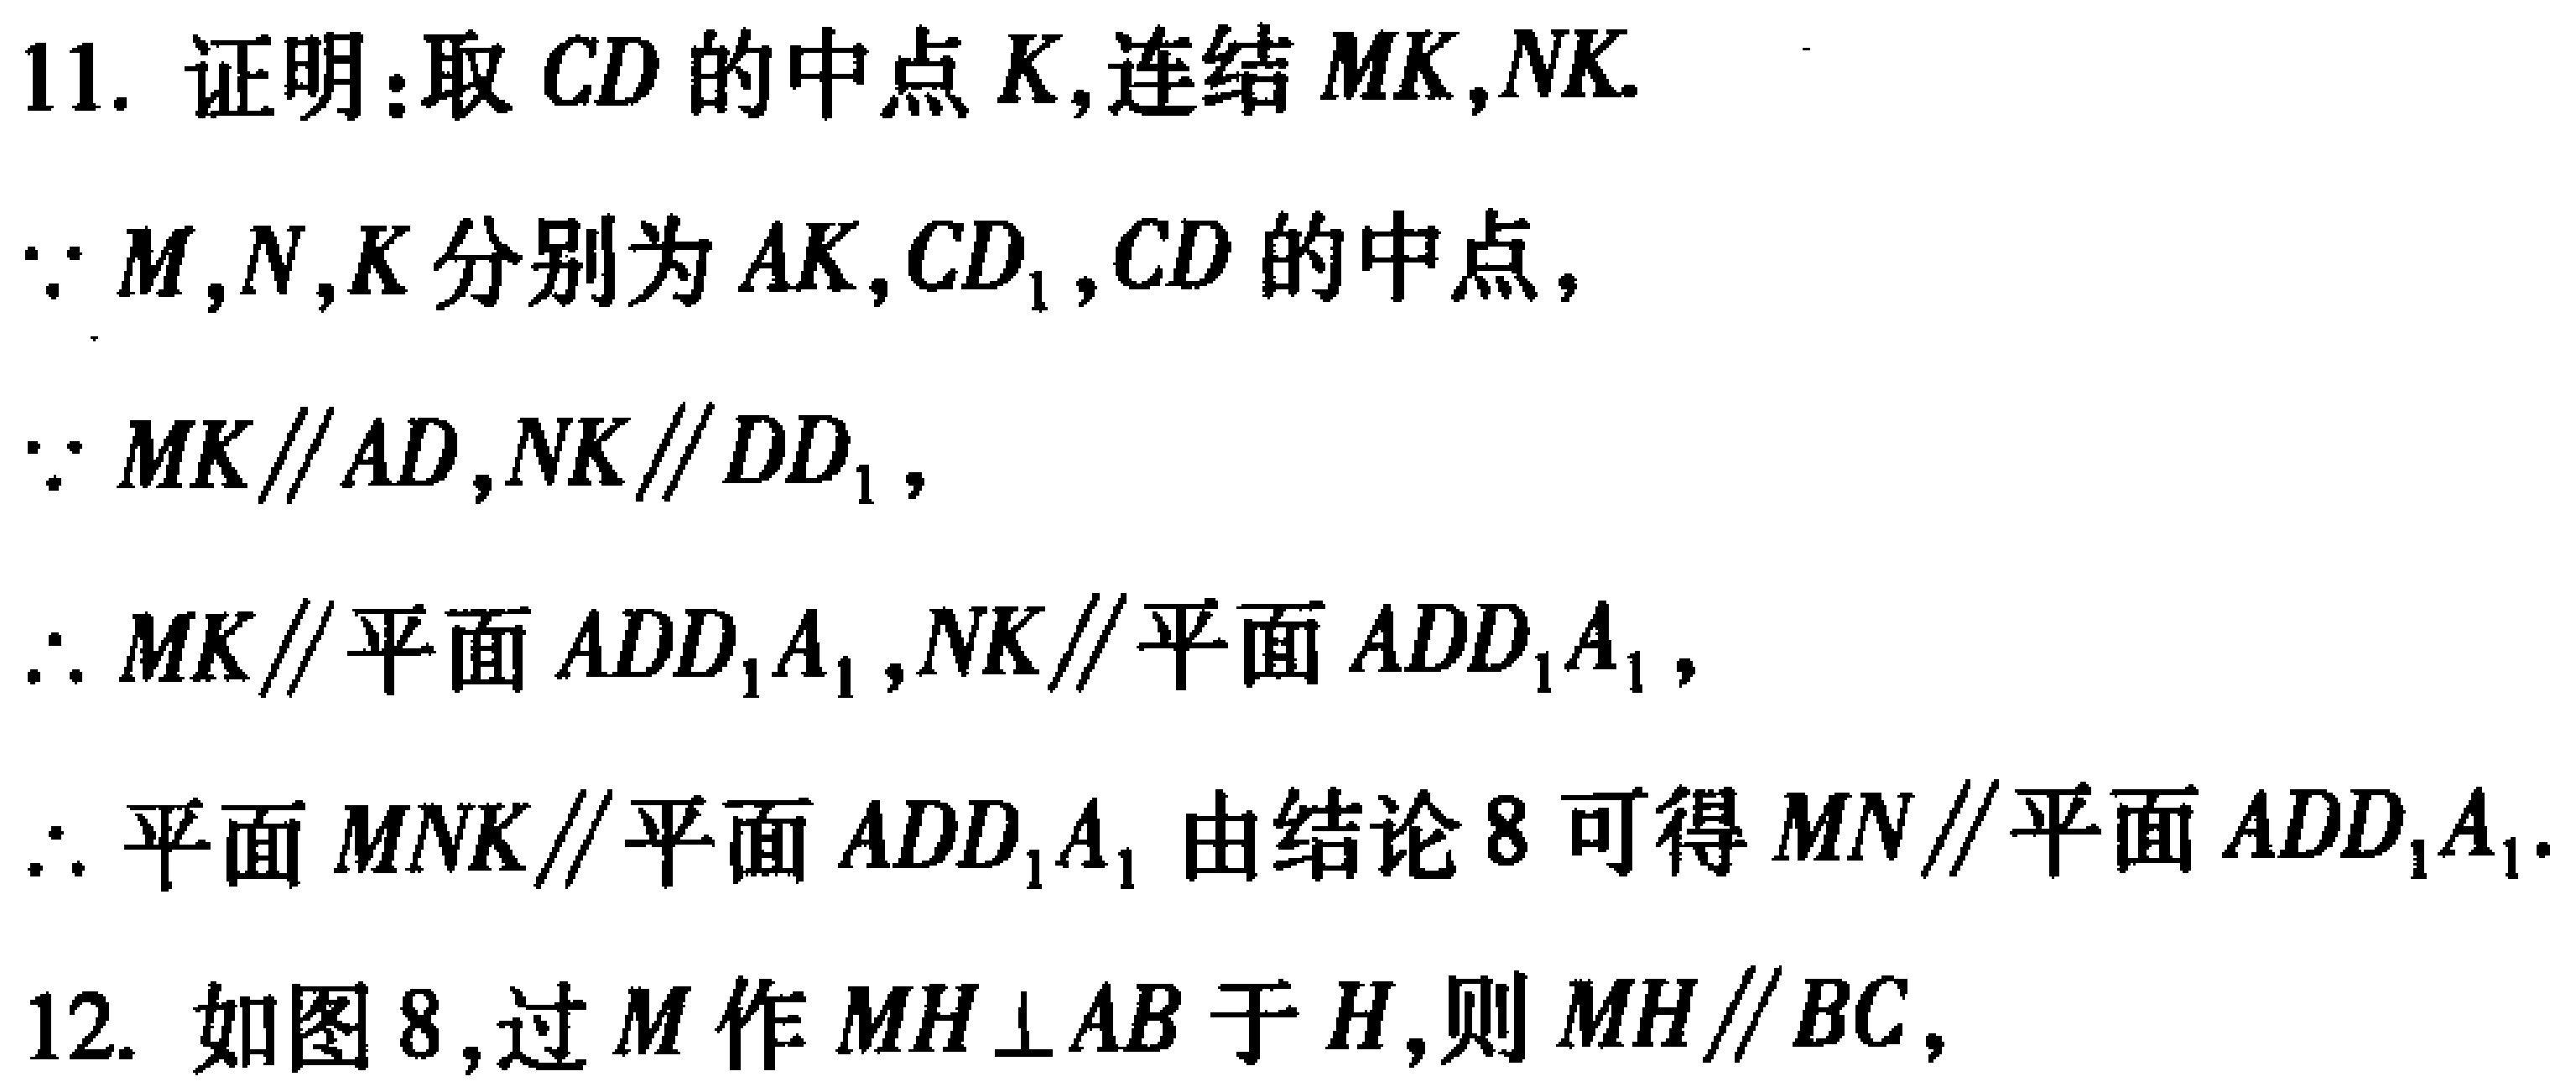
11. 证明：取 \(CD\) 的中点 \(K\)，连结 \(MK,NK\).
\(\because M,N,K\) 分别为 \(AK,CD_{1},CD\) 的中点，
\(\because MK\parallel AD,NK\parallel DD_{1}\)，
\(\therefore MK\parallel\) 平面 \(ADD_{1}A_{1},NK\parallel\) 平面 \(ADD_{1}A_{1}\)，
\(\therefore\) 平面 \(MNK\parallel\) 平面 \(ADD_{1}A_{1}\) 由结论 8 可得 \(MN\parallel\) 平面 \(ADD_{1}A_{1}\).
12. 如图 8，过 \(M\) 作 \(MH\perp AB\) 于 \(H\)，则 \(MH\parallel BC\)，